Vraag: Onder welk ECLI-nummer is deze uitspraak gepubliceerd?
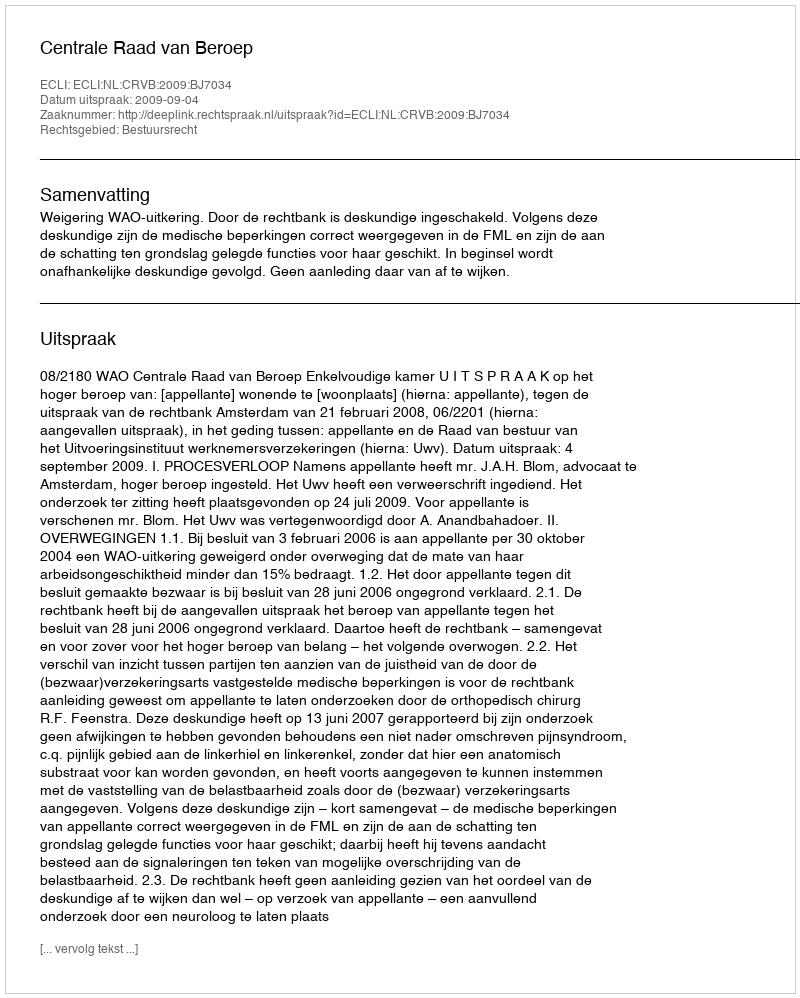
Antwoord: ECLI:NL:CRVB:2009:BJ7034